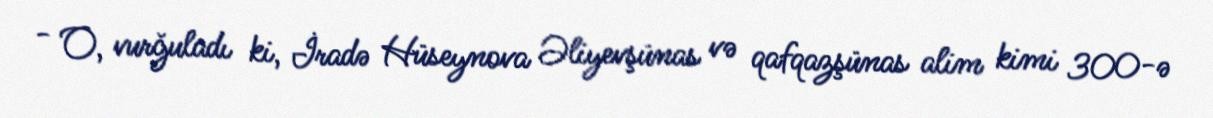
- O, vurğuladı ki, İradə Hüseynova Əliyevşünas və qafqazşünas alim kimi 300-ə